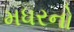
મધરનો